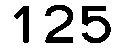
125